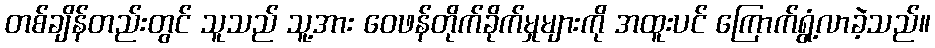
တစ်ချိန်တည်းတွင် သူသည် သူ့အား ဝေဖန်တိုက်ခိုက်မှုများကို အထူးပင် ကြောက်ရွံ့လာခဲ့သည်။